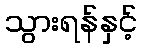
သွားရန်နှင့်